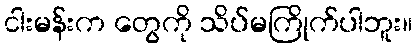
ငါးမန်းက တွေကို သိပ်မကြိုက်ပါဘူး။